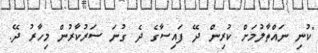
"ކުނި ނައްތާލުމަށް ކުރިން ދޭ ފައިސާގެ ދެ ގުނަ ސަރުކާރުން މިހާރު ދޭ.